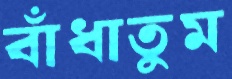
বাঁধাতুম